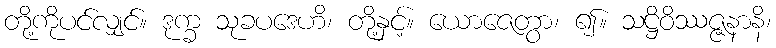
တို့ကိုပင်လျှင်။ ဒုက္ခ သုခပဒေဟိ၊ တို့နှင့်။ ယောဇေတွာ၊ ၍။ သဋ္ဌိဝိဿဇ္ဇနာနိ၊